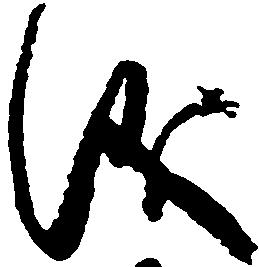
儀